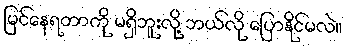
မြင်နေရတာကို မရှိဘူးလို့ ဘယ်လို ပြောနိုင်မလဲ။